Document type: Sale
Year: 1355
Scribe: Pere Borrell
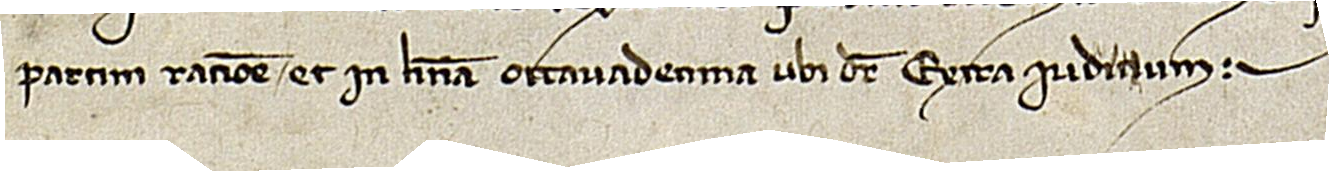
partim ratione", et in linea octavadecima, ubi dicitur "extra iudicium".